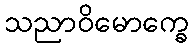
သညာဝိမောက္ခေ